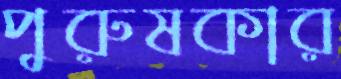
পুরুষকার